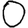
Digit: 0